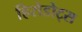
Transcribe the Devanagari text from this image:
हिरोडोट्स